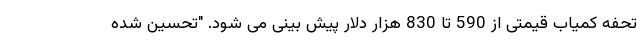
تحفه کمیاب قیمتی از 590 تا 830 هزار دلار پیش بینی می شود. "تحسین شده